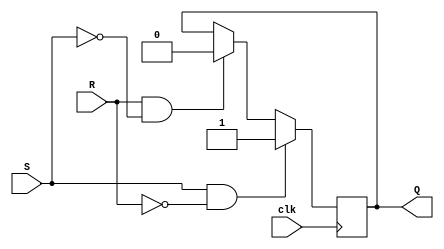
module sr_flipflop (
    input wire clk,
    input wire S,
    input wire R,
    output reg Q
);

always @(posedge clk) begin
    if (S && !R) begin
        Q <= 1; // Set output to 1
    end else if (R && !S) begin
        Q <= 0; // Reset output to 0
    end
    // Do nothing if both inputs are low
end

endmodule